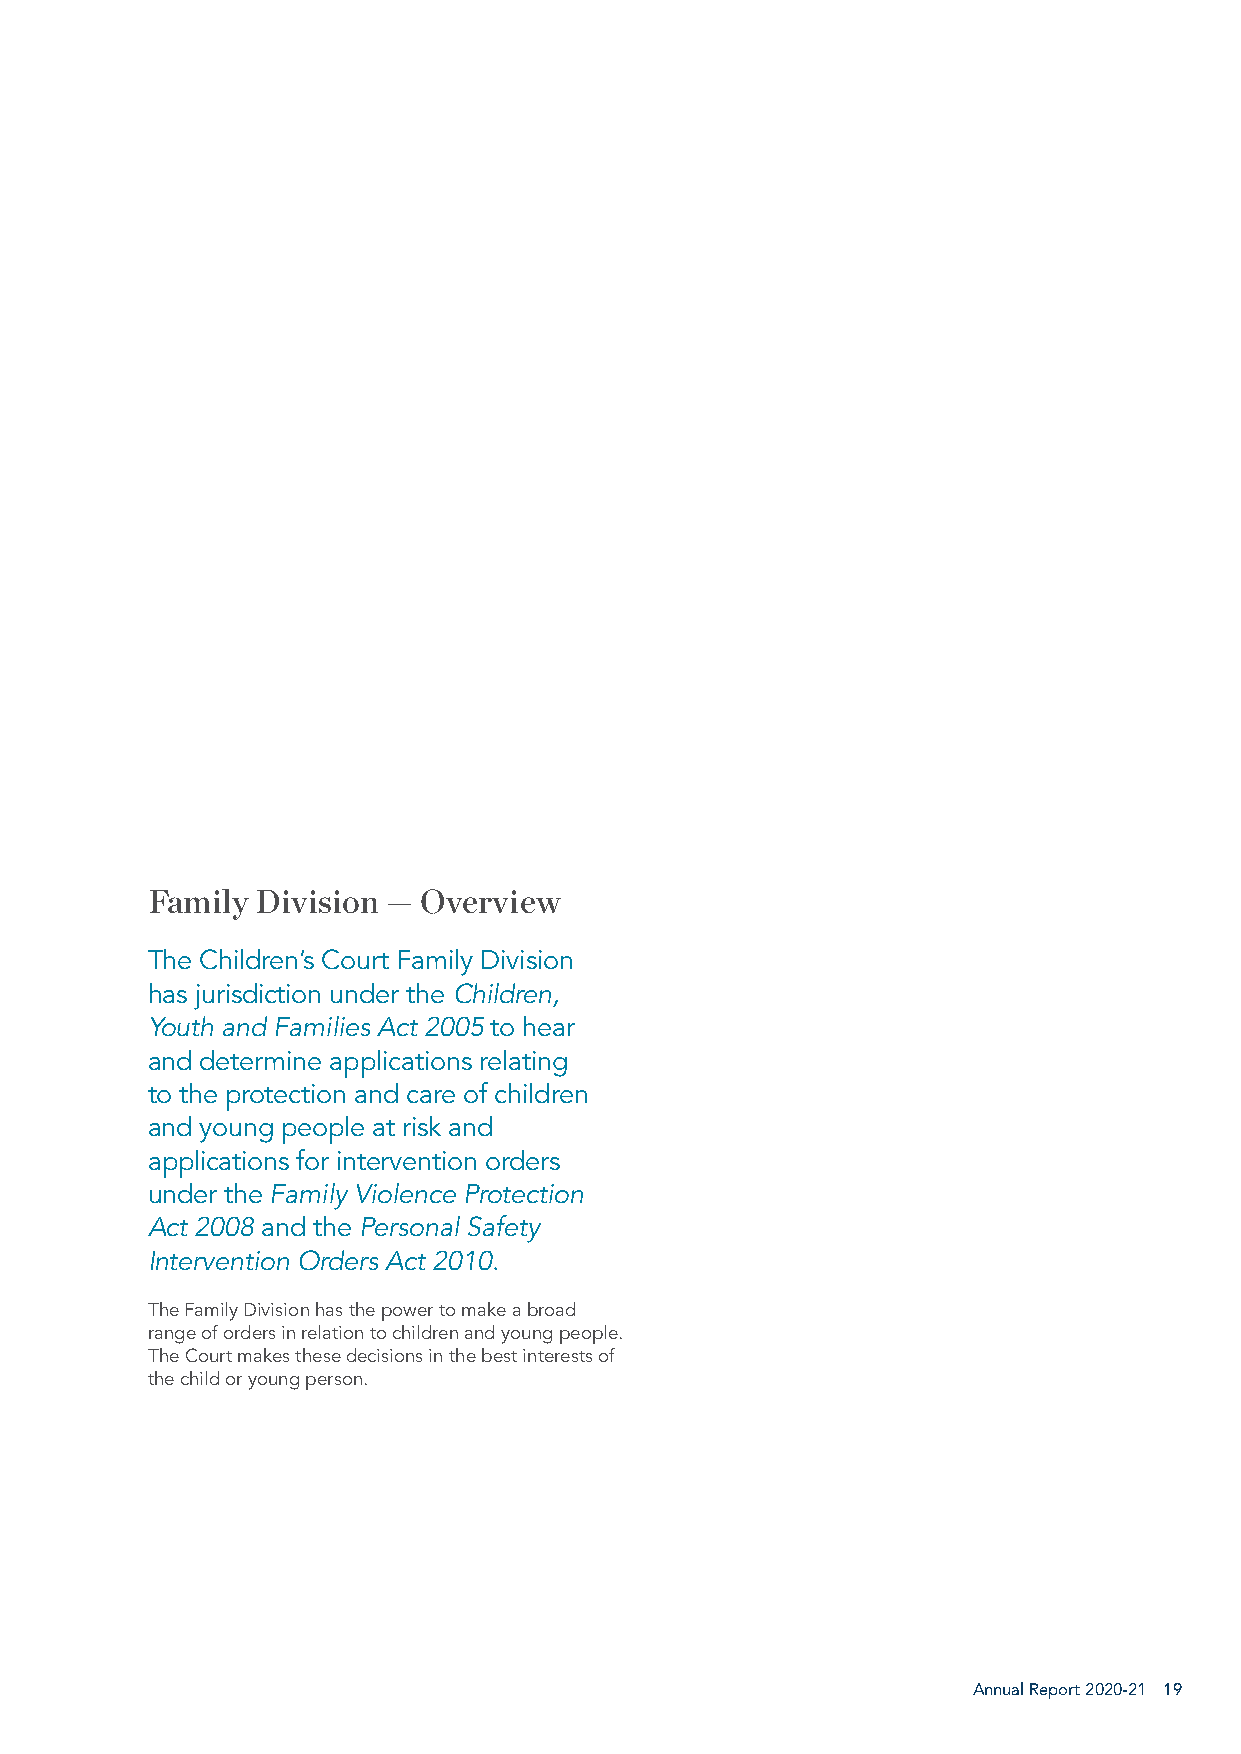
Family Division — Overview
 The Children’s Court Family Division
 has jurisdiction under the Children,
 Youth and Families Act 2005 to hear
 and determine applications relating
 to the protection and care of children
 and young people at risk and
 applications for intervention orders
 under the Family Violence Protection
 Act 2008 and the Personal Safety
 Intervention Orders Act 2010.
 The Family Division has the power to make a broad
 range of orders in relation to children and young people.
 The Court makes these decisions in the best interests of
 the child or young person.
 Annual Report 2020-21 19